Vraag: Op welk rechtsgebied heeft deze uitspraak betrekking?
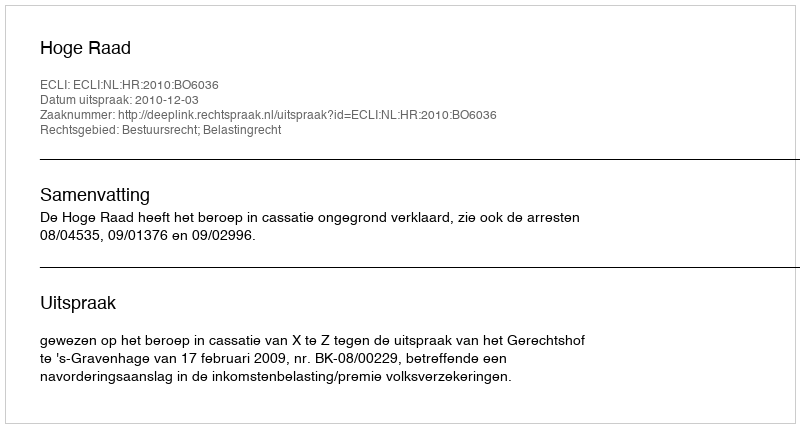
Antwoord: Bestuursrecht; Belastingrecht